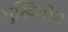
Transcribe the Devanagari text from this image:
मुखियीन्